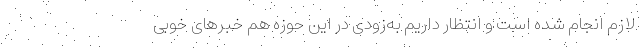
لازم انجام شده است و انتظار داریم به‌زودی در این حوزه هم خبرهای خوبی